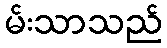
မ်းသာသည်